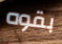
بقوه